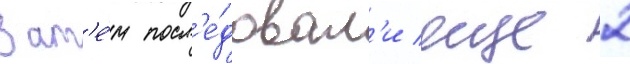
Зат'е́м посл'е́довал'и еще 2